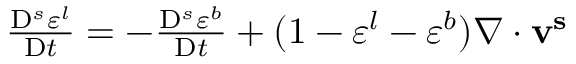
\begin{array} { r } { \frac { \mathrm { D } ^ { s } \varepsilon ^ { l } } { \mathrm { D } t } = - \frac { \mathrm { D } ^ { s } \varepsilon ^ { b } } { \mathrm { D } t } + ( 1 - \varepsilon ^ { l } - \varepsilon ^ { b } ) \nabla \cdot \mathbf { v ^ { s } } } \end{array}